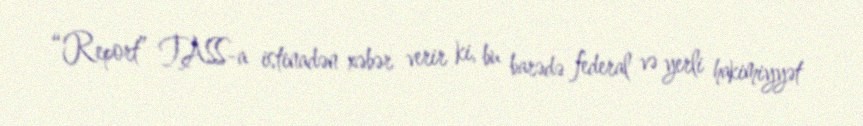
“Report” TASS-a istinadən xəbər verir ki, bu barədə federal və yerli hakimiyyət